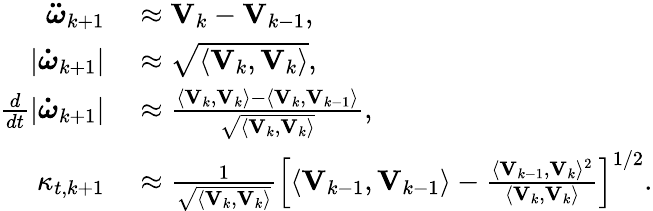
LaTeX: \begin{array}{rl}{\boldsymbol{\ddot{\omega}}_{k+1}}&{{}\approx\mathbf{V}_{k}-\mathbf{V}_{k-1},}\\ {|\boldsymbol{\dot{\omega}}_{k+1}|}&{{}\approx\sqrt{\langle\mathbf{V}_{k},\mathbf{V}_{k}\rangle},}\\ {\frac{d}{dt}|\boldsymbol{\dot{\omega}}_{k+1}|}&{{}\approx\frac{\langle\mathbf{V}_{k},\mathbf{V}_{k}\rangle-\langle\mathbf{V}_{k},\mathbf{V}_{k-1}\rangle}{\sqrt{\langle\mathbf{V}_{k},\mathbf{V}_{k}\rangle}},}\\ {\kappa_{t,k+1}}&{{}\approx\frac{1}{\sqrt{\langle\mathbf{V}_{k},\mathbf{V}_{k}\rangle}}\left[\langle\mathbf{V}_{k-1},\mathbf{V}_{k-1}\rangle-\frac{\langle\mathbf{V}_{k-1},\mathbf{V}_{k}\rangle^{2}}{\langle\mathbf{V}_{k},\mathbf{V}_{k}\rangle}\right]^{1/2}.}\end{array}